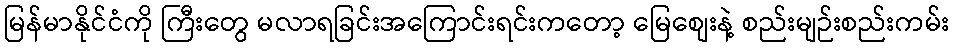
မြန်မာနိုင်ငံကို ကြီးတွေ မလာရခြင်းအကြောင်းရင်းကတော့ မြေစျေးနဲ့ စည်းမျဉ်းစည်းကမ်း